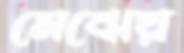
মেঝেয়